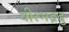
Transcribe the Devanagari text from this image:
वीरभद्रदु